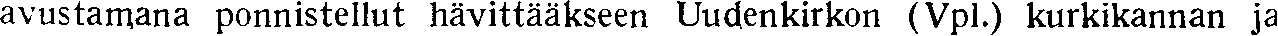
avustamana ponnistellut hävittääkseen Uudenkirkon (Vpl.) kurkikannan ja